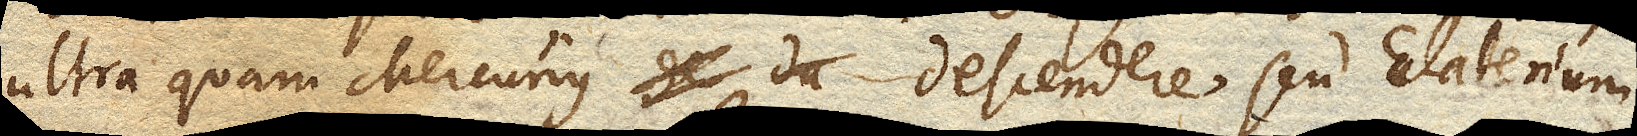
ultra quam Mercurius descendere seu Elaterium